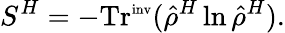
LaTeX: S^{H}=-\mathrm{Tr}^{\mathrm{\scriptsize{inv}}}(\hat{\rho}^{H}\ln\hat{\rho}^{H}).